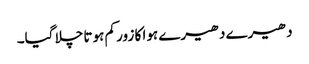
دھیرے دھیرے ہوا کا زور کم ہوتا چلا گیا۔